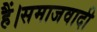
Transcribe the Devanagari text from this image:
हैं।समाजवादी